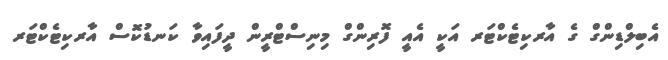
އެބިލްޑިންގް ގެ އާރކިޓެކްޓަރ އަކީ އެއީ ފޮރިންގް މިނިސްޓްރީން ދީފައިވާ ކަނޑުކޮސް އާރކިޓެކްޓަރ